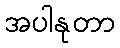
အပါနုတာ